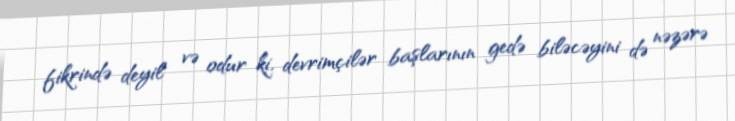
fikrində deyil və odur ki, devrimçilər başlarının gedə biləcəyini də nəzərə